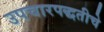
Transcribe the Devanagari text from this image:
उपचारपद्धतीचे